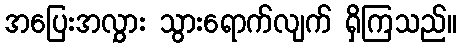
အပြေးအလွှား သွားရောက်လျက် ရှိကြသည်။